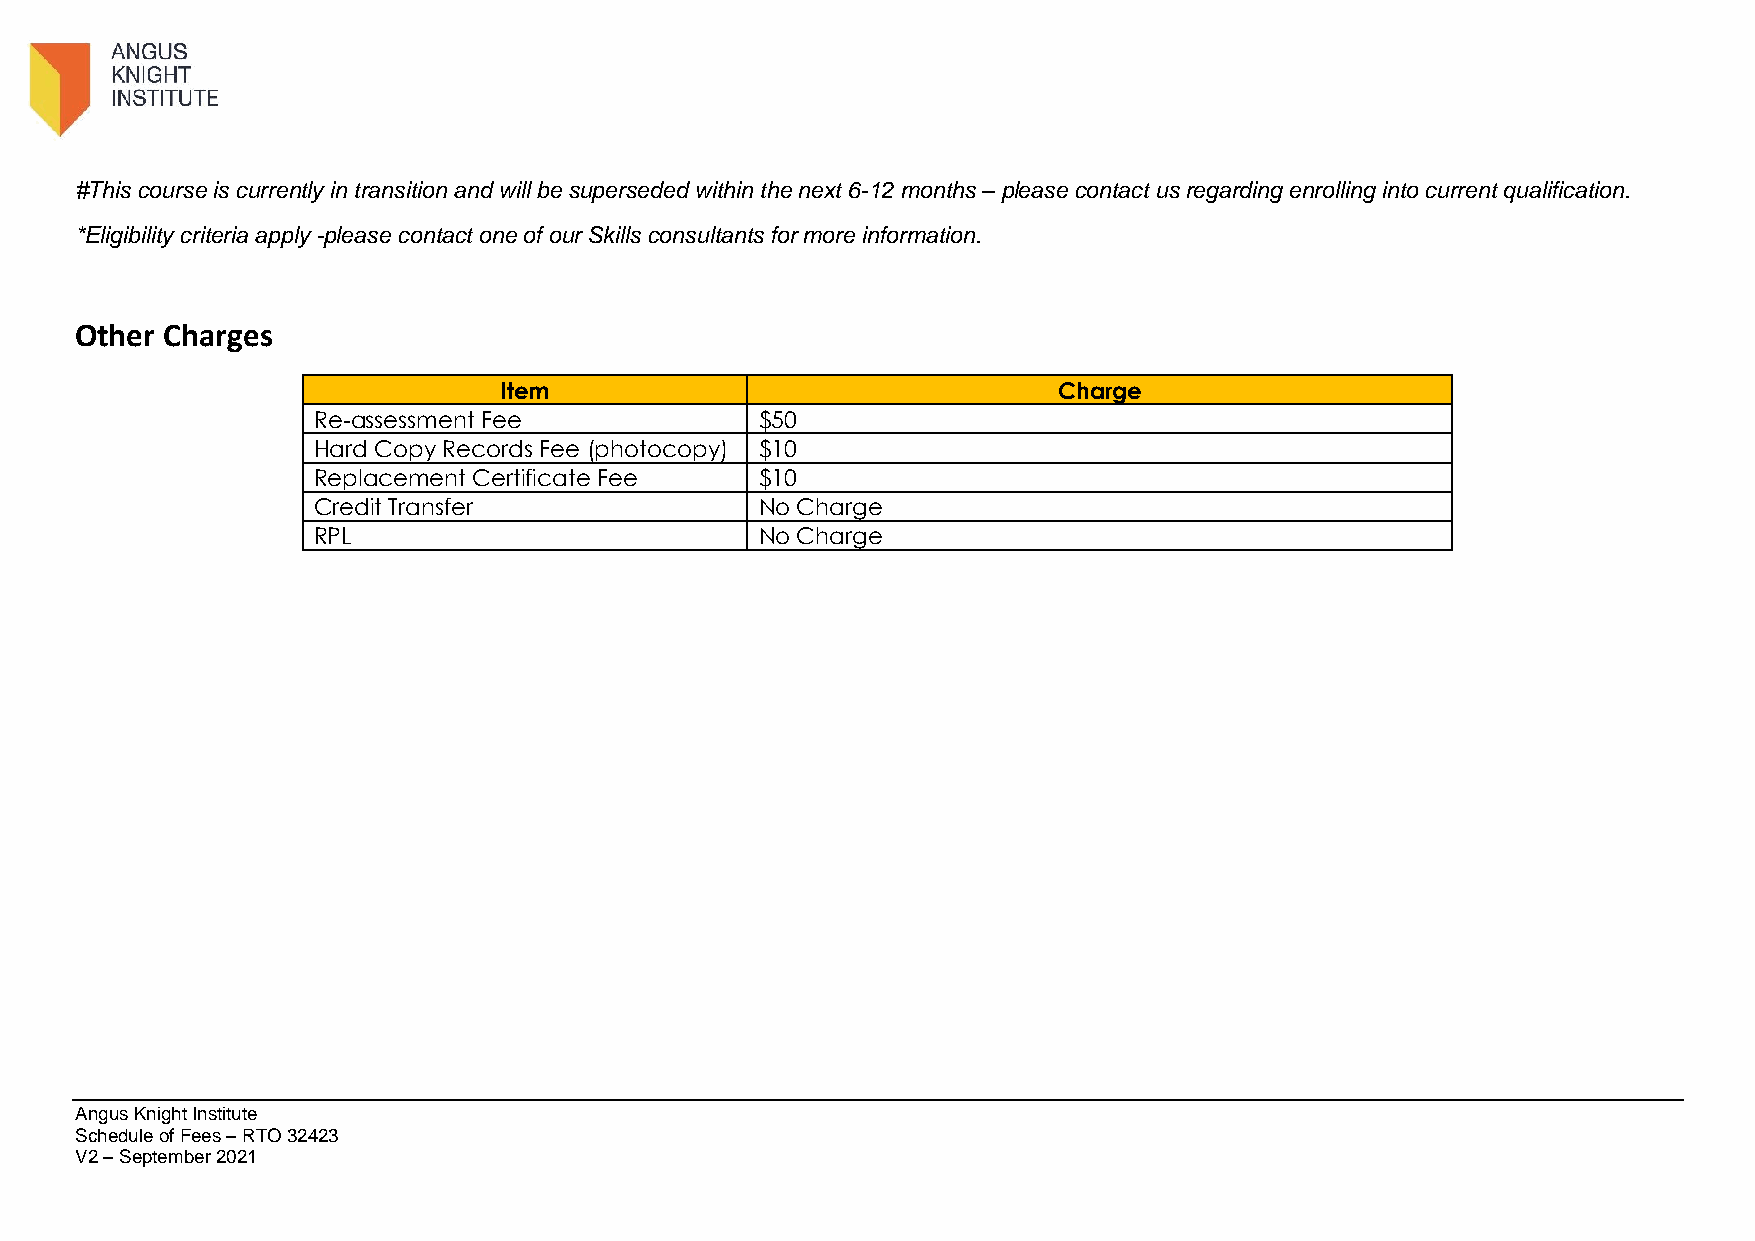
#This course is currently in transition and will be superseded within the next 6-12 months – please contact us regarding enrolling into current qualification.
 *Eligibility criteria apply -please contact one of our Skills consultants for more information.
 Other Charges
 Item                                 Charge
 Re-assessment Fee            $50
 Hard Copy Records Fee (photocopy) $10
 Replacement Certificate Fee  $10
 Credit Transfer              No Charge
 RPL                          No Charge
 Angus Knight Institute
 Schedule of Fees – RTO 32423
 V2 – September 2021